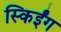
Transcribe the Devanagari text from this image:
स्किईंग